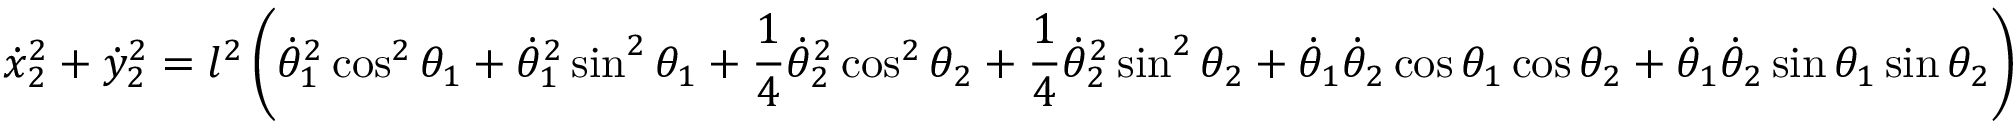
{ \dot { x } } _ { 2 } ^ { 2 } + { \dot { y } } _ { 2 } ^ { 2 } = l ^ { 2 } \left( { \dot { \theta } } _ { 1 } ^ { 2 } \cos ^ { 2 } \theta _ { 1 } + { \dot { \theta } } _ { 1 } ^ { 2 } \sin ^ { 2 } \theta _ { 1 } + { \frac { 1 } { 4 } } { \dot { \theta } } _ { 2 } ^ { 2 } \cos ^ { 2 } \theta _ { 2 } + { \frac { 1 } { 4 } } { \dot { \theta } } _ { 2 } ^ { 2 } \sin ^ { 2 } \theta _ { 2 } + { \dot { \theta } } _ { 1 } { \dot { \theta } } _ { 2 } \cos \theta _ { 1 } \cos \theta _ { 2 } + { \dot { \theta } } _ { 1 } { \dot { \theta } } _ { 2 } \sin \theta _ { 1 } \sin \theta _ { 2 } \right)